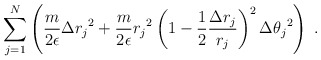
\begin{align*}\sum_{j=1}^N \left ( \frac{m}{2 \epsilon} \Delta {r_j}^2 +\frac{m}{2 \epsilon} {r_j}^2 \left ( 1 - \frac{1}{2}\frac{ \Delta r_j }{ r_j } \right )^2 \Delta {\theta_j}^2 \right ) \; .\end{align*}